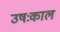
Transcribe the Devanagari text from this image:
उषःकाल